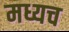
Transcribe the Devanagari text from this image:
मध्यच